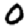
Digit: 0